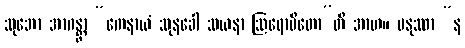
သုဘော အာဂန္တွာ “ကေနာယံ သုနခေါ သယနာ ဩရောပိတော”တိ အာဟ။ မနုဿာ “န